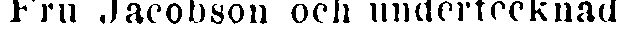
Fru Jacobson och undertecknad.